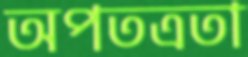
অপতত্রতা